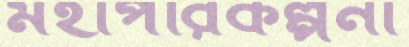
মহাপরিকল্পনা